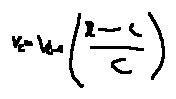
v _ { c } = v _ { c - 1 } ( \frac { r - c } { c } )